Scottish Certificate of Education, 1962
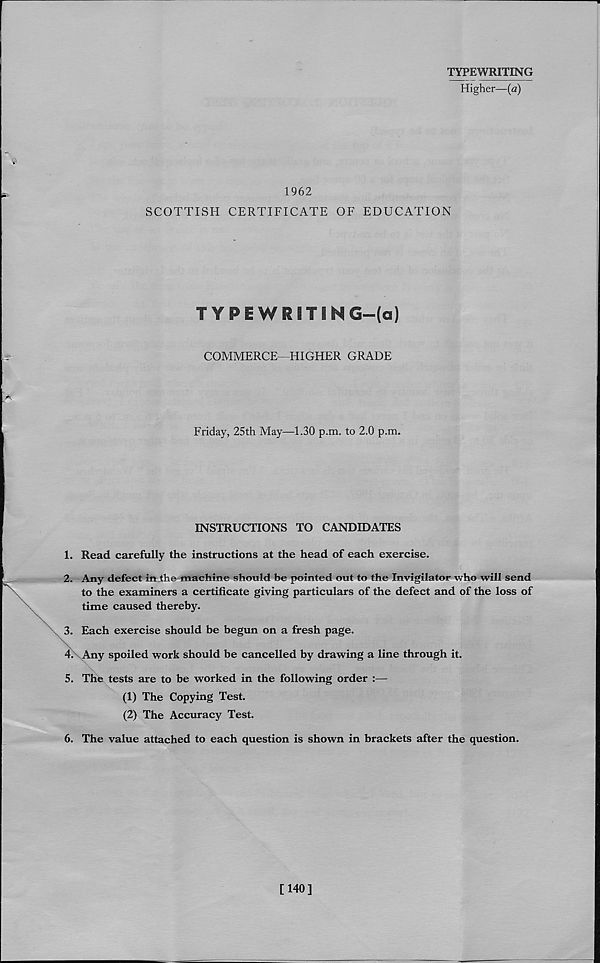
TYPEWRITING
Higher—(a)
1962
SCOTTISH CERTIFICATE OF EDUCATION
TYPEWRITIN G—(a)
COMMERCE—HIGHER GRADE
Friday, 25th May—1.30 p.m. to 2.0 p.m.
INSTRUCTIONS TO CANDIDATES
1. Read carefully the instructions at the head of each exercise.
2. Any defect in the machine should be pointed out to the Invigilator who will send
to the examiners a certificate giving particulars of the defect and of the loss of
time caused thereby.
3. Each exercise should be begun on a fresh page.
4. Any spoiled work should be cancelled by drawing a line through it.
5. The tests are to be worked in the following order :—
(1) The Copying Test.
(2) The Accuracy Test.
6. The value attached to each question is shown in brackets after the question.
[140]